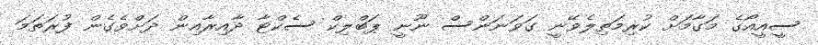
ސީއީއޯގެ މަގާމަށް ކުރިމަތިލެވޭނީ ގަވަނަންސް ނޫނީ ޕަބްލިކް ސެކްޓާ ދާއިރާއިން ދަށްވެގެން ފުރަތަމަ